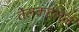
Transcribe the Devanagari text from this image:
तेलकटलेलं